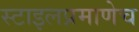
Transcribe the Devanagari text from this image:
स्टाइलप्रमाणेच